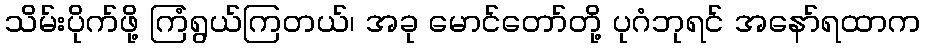
သိမ်းပိုက်ဖို့ ကြံရွယ်ကြတယ်၊ အခု မောင်တော်တို့ ပုဂံဘုရင် အနော်ရထာက